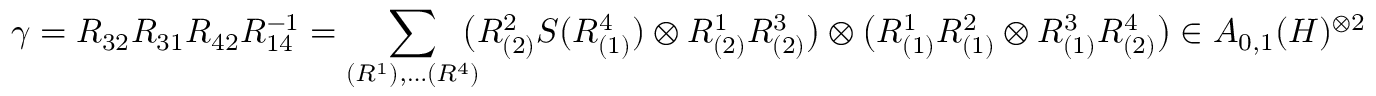
\gamma = R _ { 3 2 } R _ { 3 1 } R _ { 4 2 } R _ { 1 4 } ^ { - 1 } = \sum _ { ( R ^ { 1 } ) , \ldots ( R ^ { 4 } ) } \! \! \! \bigl ( R _ { ( 2 ) } ^ { 2 } S ( R _ { ( 1 ) } ^ { 4 } ) \otimes R _ { ( 2 ) } ^ { 1 } R _ { ( 2 ) } ^ { 3 } \bigr ) \otimes \bigl ( R _ { ( 1 ) } ^ { 1 } R _ { ( 1 ) } ^ { 2 } \otimes R _ { ( 1 ) } ^ { 3 } R _ { ( 2 ) } ^ { 4 } \bigr ) \in A _ { 0 , 1 } ( H ) ^ { \otimes 2 }